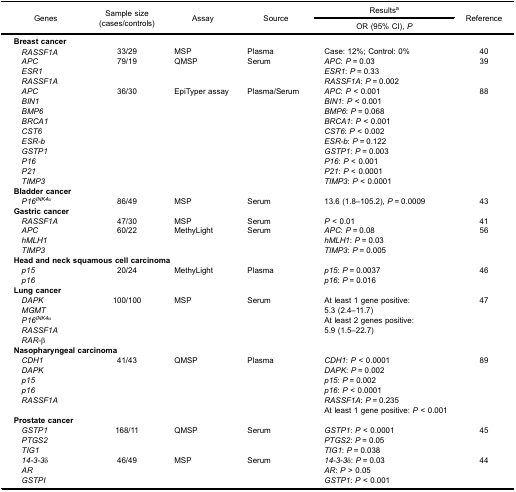
<table><thead><tr><td rowspan="3"><b>Genes</b></td><td rowspan="3"><b>Sample size(cases/controls)</b></td><td rowspan="3"><b>Assay</b></td><td rowspan="3"><b>Source</b></td><td><b>Results<sup>a</sup></b></td><td rowspan="3"><b>Reference</b></td></tr><tr><td><b>OR (95% CI), <i>P</i></b></td></tr></thead><tbody><tr><td><b>Breast cancer</b></td><td> </td><td> </td><td> </td><td> </td><td> </td></tr><tr><td> <i>RASSF1A</i></td><td>33/29</td><td>MSP</td><td>Plasma</td><td>Case: 12%; Control: 0%</td><td>40</td></tr><tr><td> <i>APC</i></td><td rowspan="3">79/19</td><td rowspan="3">QMSP</td><td rowspan="3">Serum</td><td><i>APC</i>: <i>P</i> = 0.03</td><td rowspan="3">39</td></tr><tr><td> <i>ESR1</i></td><td><i>ESR1</i>: <i>P</i> = 0.33</td></tr><tr><td> <i>RASSF1A</i></td><td><i>RASSF1A</i>: <i>P</i> = 0.002</td></tr><tr><td> <i>APC</i></td><td rowspan="10">36/30</td><td rowspan="10">EpiTyper assay</td><td rowspan="10">Plasma/Serum</td><td><i>APC</i>: <i>P</i> &lt; 0.001</td><td rowspan="10">88</td></tr><tr><td> <i>BIN1</i></td><td><i>BIN1</i>: <i>P</i> &lt; 0.001</td></tr><tr><td> <i>BMP6</i></td><td><i>BMP6</i>: <i>P</i> = 0.068</td></tr><tr><td> <i>BRCA1</i></td><td><i>BRCA1</i>: <i>P</i> &lt; 0.001</td></tr><tr><td> <i>CST6</i></td><td><i>CST6</i>: <i>P</i> &lt; 0.002</td></tr><tr><td> <i>ESR-b</i></td><td><i>ESR-b</i>: <i>P</i> = 0.122</td></tr><tr><td> <i>GSTP1</i></td><td><i>GSTP1</i>: <i>P</i> = 0.003</td></tr><tr><td> <i>P16</i></td><td><i>P16</i>: <i>P</i> &lt; 0.001</td></tr><tr><td> <i>P21</i></td><td><i>P21</i>: <i>P</i> &lt; 0.0001</td></tr><tr><td> <i>TIMP3</i></td><td><i>TIMP3</i>: <i>P</i> &lt; 0.0001</td></tr><tr><td><b>Bladder cancer</b></td><td> </td><td> </td><td> </td><td> </td><td> </td></tr><tr><td> <i>P16<sup>INK4α</sup></i></td><td>86/49</td><td>MSP</td><td>Serum</td><td>13.6 (1.8–105.2), <i>P</i> = 0.0009</td><td>43</td></tr><tr><td><b>Gastric cancer</b></td><td> </td><td> </td><td> </td><td> </td><td> </td></tr><tr><td> <i>RASSF1A</i></td><td>47/30</td><td>MSP</td><td>Serum</td><td><i>P</i> &lt; 0.01</td><td>41</td></tr><tr><td> <i>APC</i></td><td rowspan="3">60/22</td><td rowspan="3">MethyLight</td><td rowspan="3">Serum</td><td><i>APC</i>: <i>P</i> = 0.08</td><td rowspan="3">56</td></tr><tr><td> <i>hMLH1</i></td><td><i>hMLH1</i>: <i>P</i> = 0.03</td></tr><tr><td> <i>TIMP3</i></td><td><i>TIMP3</i>: <i>P</i> = 0.005</td></tr><tr><td colspan="3"><b>Head and neck squamous cell carcinoma</b></td><td> </td><td> </td><td> </td></tr><tr><td> <i>p15</i></td><td rowspan="2">20/24</td><td rowspan="2">MethyLight</td><td rowspan="2">Plasma</td><td><i>p15</i>: <i>P</i> = 0.0037</td><td rowspan="2">46</td></tr><tr><td> <i>p16</i></td><td><i>p16</i>: <i>P</i> = 0.016</td></tr><tr><td><b>Lung cancer</b></td><td> </td><td> </td><td> </td><td> </td><td> </td></tr><tr><td> <i>DAPK</i></td><td rowspan="5">100/100</td><td rowspan="5">MSP</td><td rowspan="5">Serum</td><td rowspan="5">At least 1 gene positive:5.3 (2.4–11.7)At least 2 genes positive:5.9 (1.5–22.7)</td><td rowspan="5">47</td></tr><tr><td> <i>MGMT</i></td></tr><tr><td> <i>P16<sup>INK4α</sup></i></td></tr><tr><td> <i>RASSF1A</i></td></tr><tr><td> <i>RAR-β</i></td></tr><tr><td colspan="2"><b>Nasopharyngeal carcinoma</b></td><td> </td><td> </td><td> </td><td> </td></tr><tr><td> <i>CDH1</i></td><td rowspan="6">41/43</td><td rowspan="6">QMSP</td><td rowspan="6">Plasma</td><td><i>CDH1</i>: <i>P</i> &lt; 0.0001</td><td rowspan="6">89</td></tr><tr><td> <i>DAPK</i></td><td><i>DAPK</i>: <i>P</i> = 0.002</td></tr><tr><td> <i>p15</i></td><td><i>p15</i>: <i>P</i> = 0.002</td></tr><tr><td> <i>p16</i></td><td><i>p16</i>: <i>P</i> &lt; 0.0001</td></tr><tr><td> <i>RASSF1A</i></td><td><i>RASSF1A</i>: <i>P</i> = 0.235</td></tr><tr><td> </td><td>At least 1 gene positive: <i>P</i> &lt; 0.001</td></tr><tr><td><b>Prostate cancer</b></td><td> </td><td> </td><td> </td><td> </td><td> </td></tr><tr><td> <i>GSTP1</i></td><td rowspan="3">168/11</td><td rowspan="3">QMSP</td><td rowspan="3">Serum</td><td><i>GSTP1</i>: <i>P</i> &lt; 0.0001</td><td rowspan="3">45</td></tr><tr><td> <i>PTGS2</i></td><td><i>PTGS2</i>: <i>P</i> = 0.05</td></tr><tr><td> <i>TIG1</i></td><td><i>TIG1</i>: <i>P</i> = 0.038</td></tr><tr><td> <i>14-3-3δ</i></td><td rowspan="3">46/49</td><td rowspan="3">MSP</td><td rowspan="3">Serum</td><td><i>14-3-3δ</i>: <i>P</i> = 0.03</td><td rowspan="3">44</td></tr><tr><td> <i>AR</i></td><td><i>AR</i>: <i>P</i> &gt; 0.05</td></tr><tr><td> <i>GSTPI</i></td><td><i>GSTP1</i>: <i>P</i> &lt; 0.001</td></tr></tbody></table>